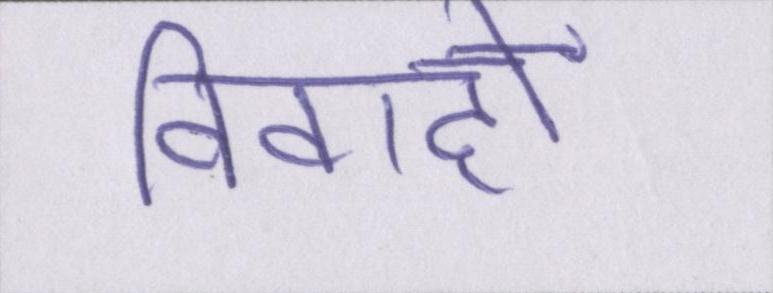
विवाहों